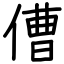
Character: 傮